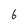
Character: 6